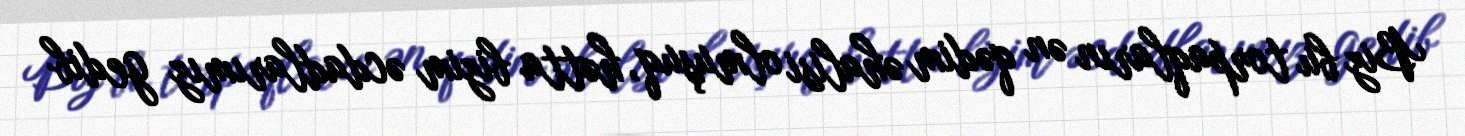
Biz bu torpaqların ən qədim əhalisi olmuşuq, hətta bizim əcdadlarımız gedib